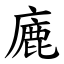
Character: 廘